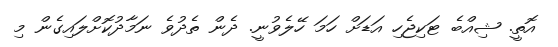
އޮތީ. ޝިއްބެ ޓަކިޖެހި އަޑަށް ހަމަ ހޭލެވުނީ. ދެން ތެދުވެ ނަމާދުކޮށްލައިގެން މި